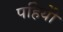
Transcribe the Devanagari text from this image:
पहियोें